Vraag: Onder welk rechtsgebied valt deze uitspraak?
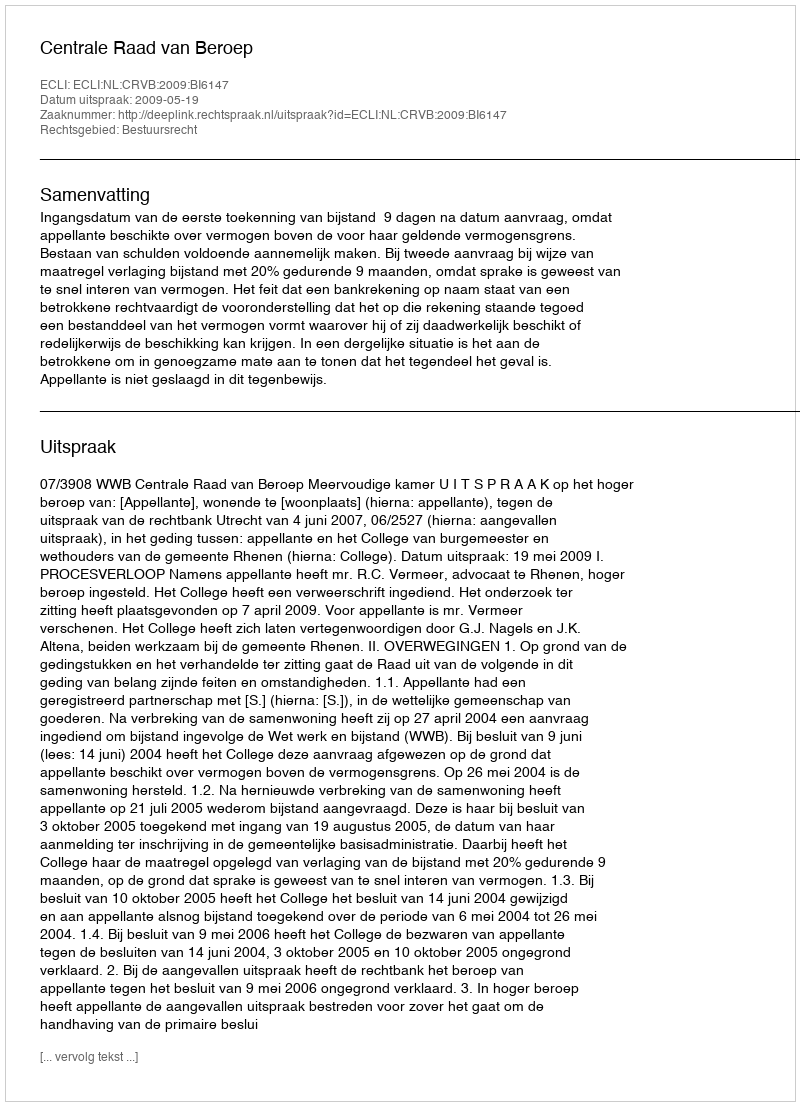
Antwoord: Bestuursrecht